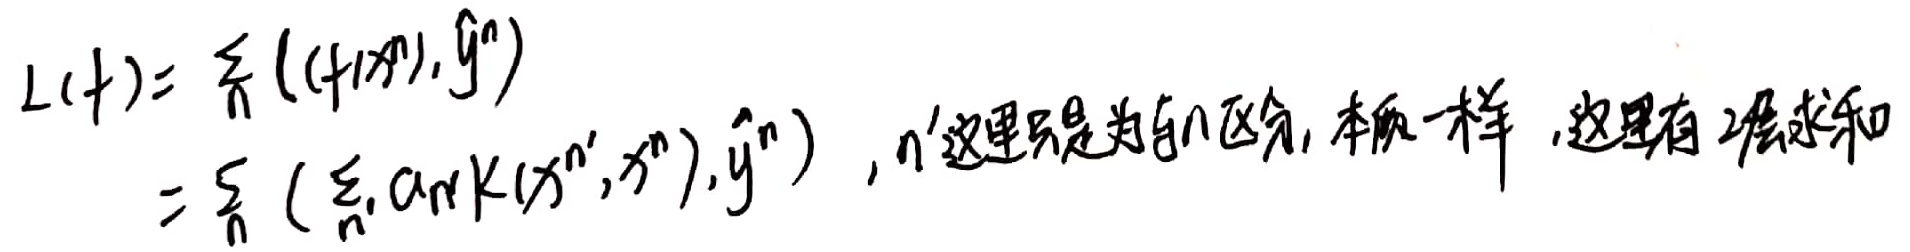
\[
\begin{align*}
L(f)&=\sum_{n}((f(x^{n}), \hat{y}^{n}))\\
&=\sum_{n}((\sum_{n'}\mathrm{arrK}(x^{n'}, x^{n})), \hat{y}^{n}) \text{，这里 }n'\text{ 只是为引入区分，本质一样，这里有2层求和}
\end{align*}
\]